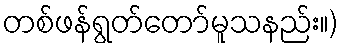
တစ်ဖန်ရွတ်တော်မူသနည်း။)